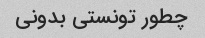
چطور تونستی بدونی